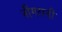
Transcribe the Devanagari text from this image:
नीगरानी